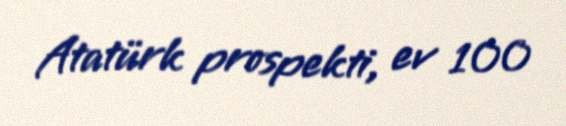
Atatürk prospekti, ev 100